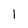
Character: 1